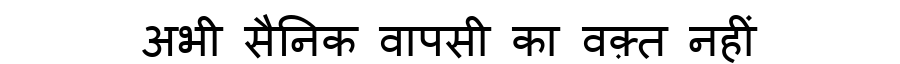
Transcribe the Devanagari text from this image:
अभी सैनिक वापसी का वक़्त नहीं